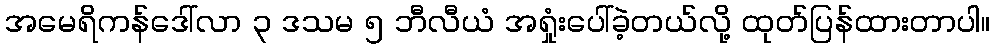
အမေရိကန်ဒေါ်လာ ၃ ဒသမ ၅ ဘီလီယံ အရှုံးပေါ်ခဲ့တယ်လို့ ထုတ်ပြန်ထားတာပါ။